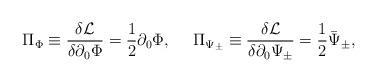
LaTeX: \begin{align*}\Pi_\Phi \equiv \frac{\delta {\cal L}}{\delta \partial_0 \Phi}= \frac{1}{2} \partial_0 \Phi,{}~~~~\Pi_{\Psi_\pm} \equiv \frac{\delta {\cal L}}{\delta \partial_0 \Psi_\pm}= \frac{1}{2} \bar{\Psi}_\pm,\end{align*}